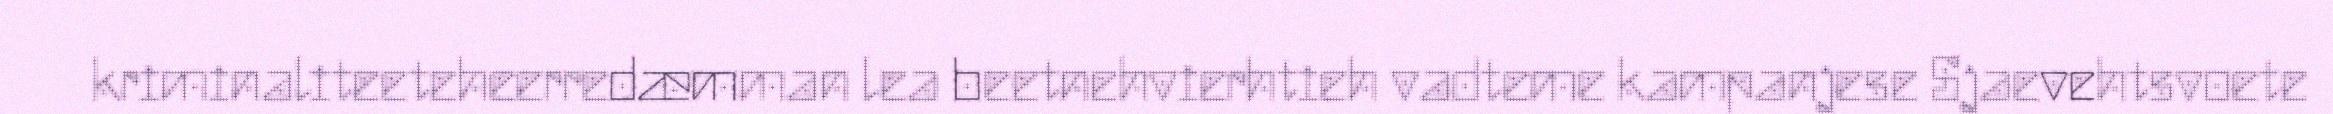
kriminaliteeteheerredæmman lea beetnehvierhtieh vadteme kampanjese Sjaevehtsvoete